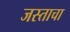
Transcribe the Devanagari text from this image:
जस्ताचा